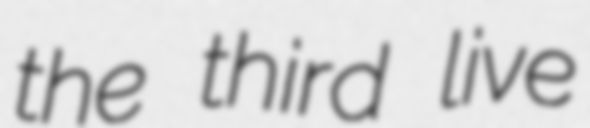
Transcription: the third live